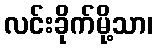
လင်းခိုက်မို့သာ၊